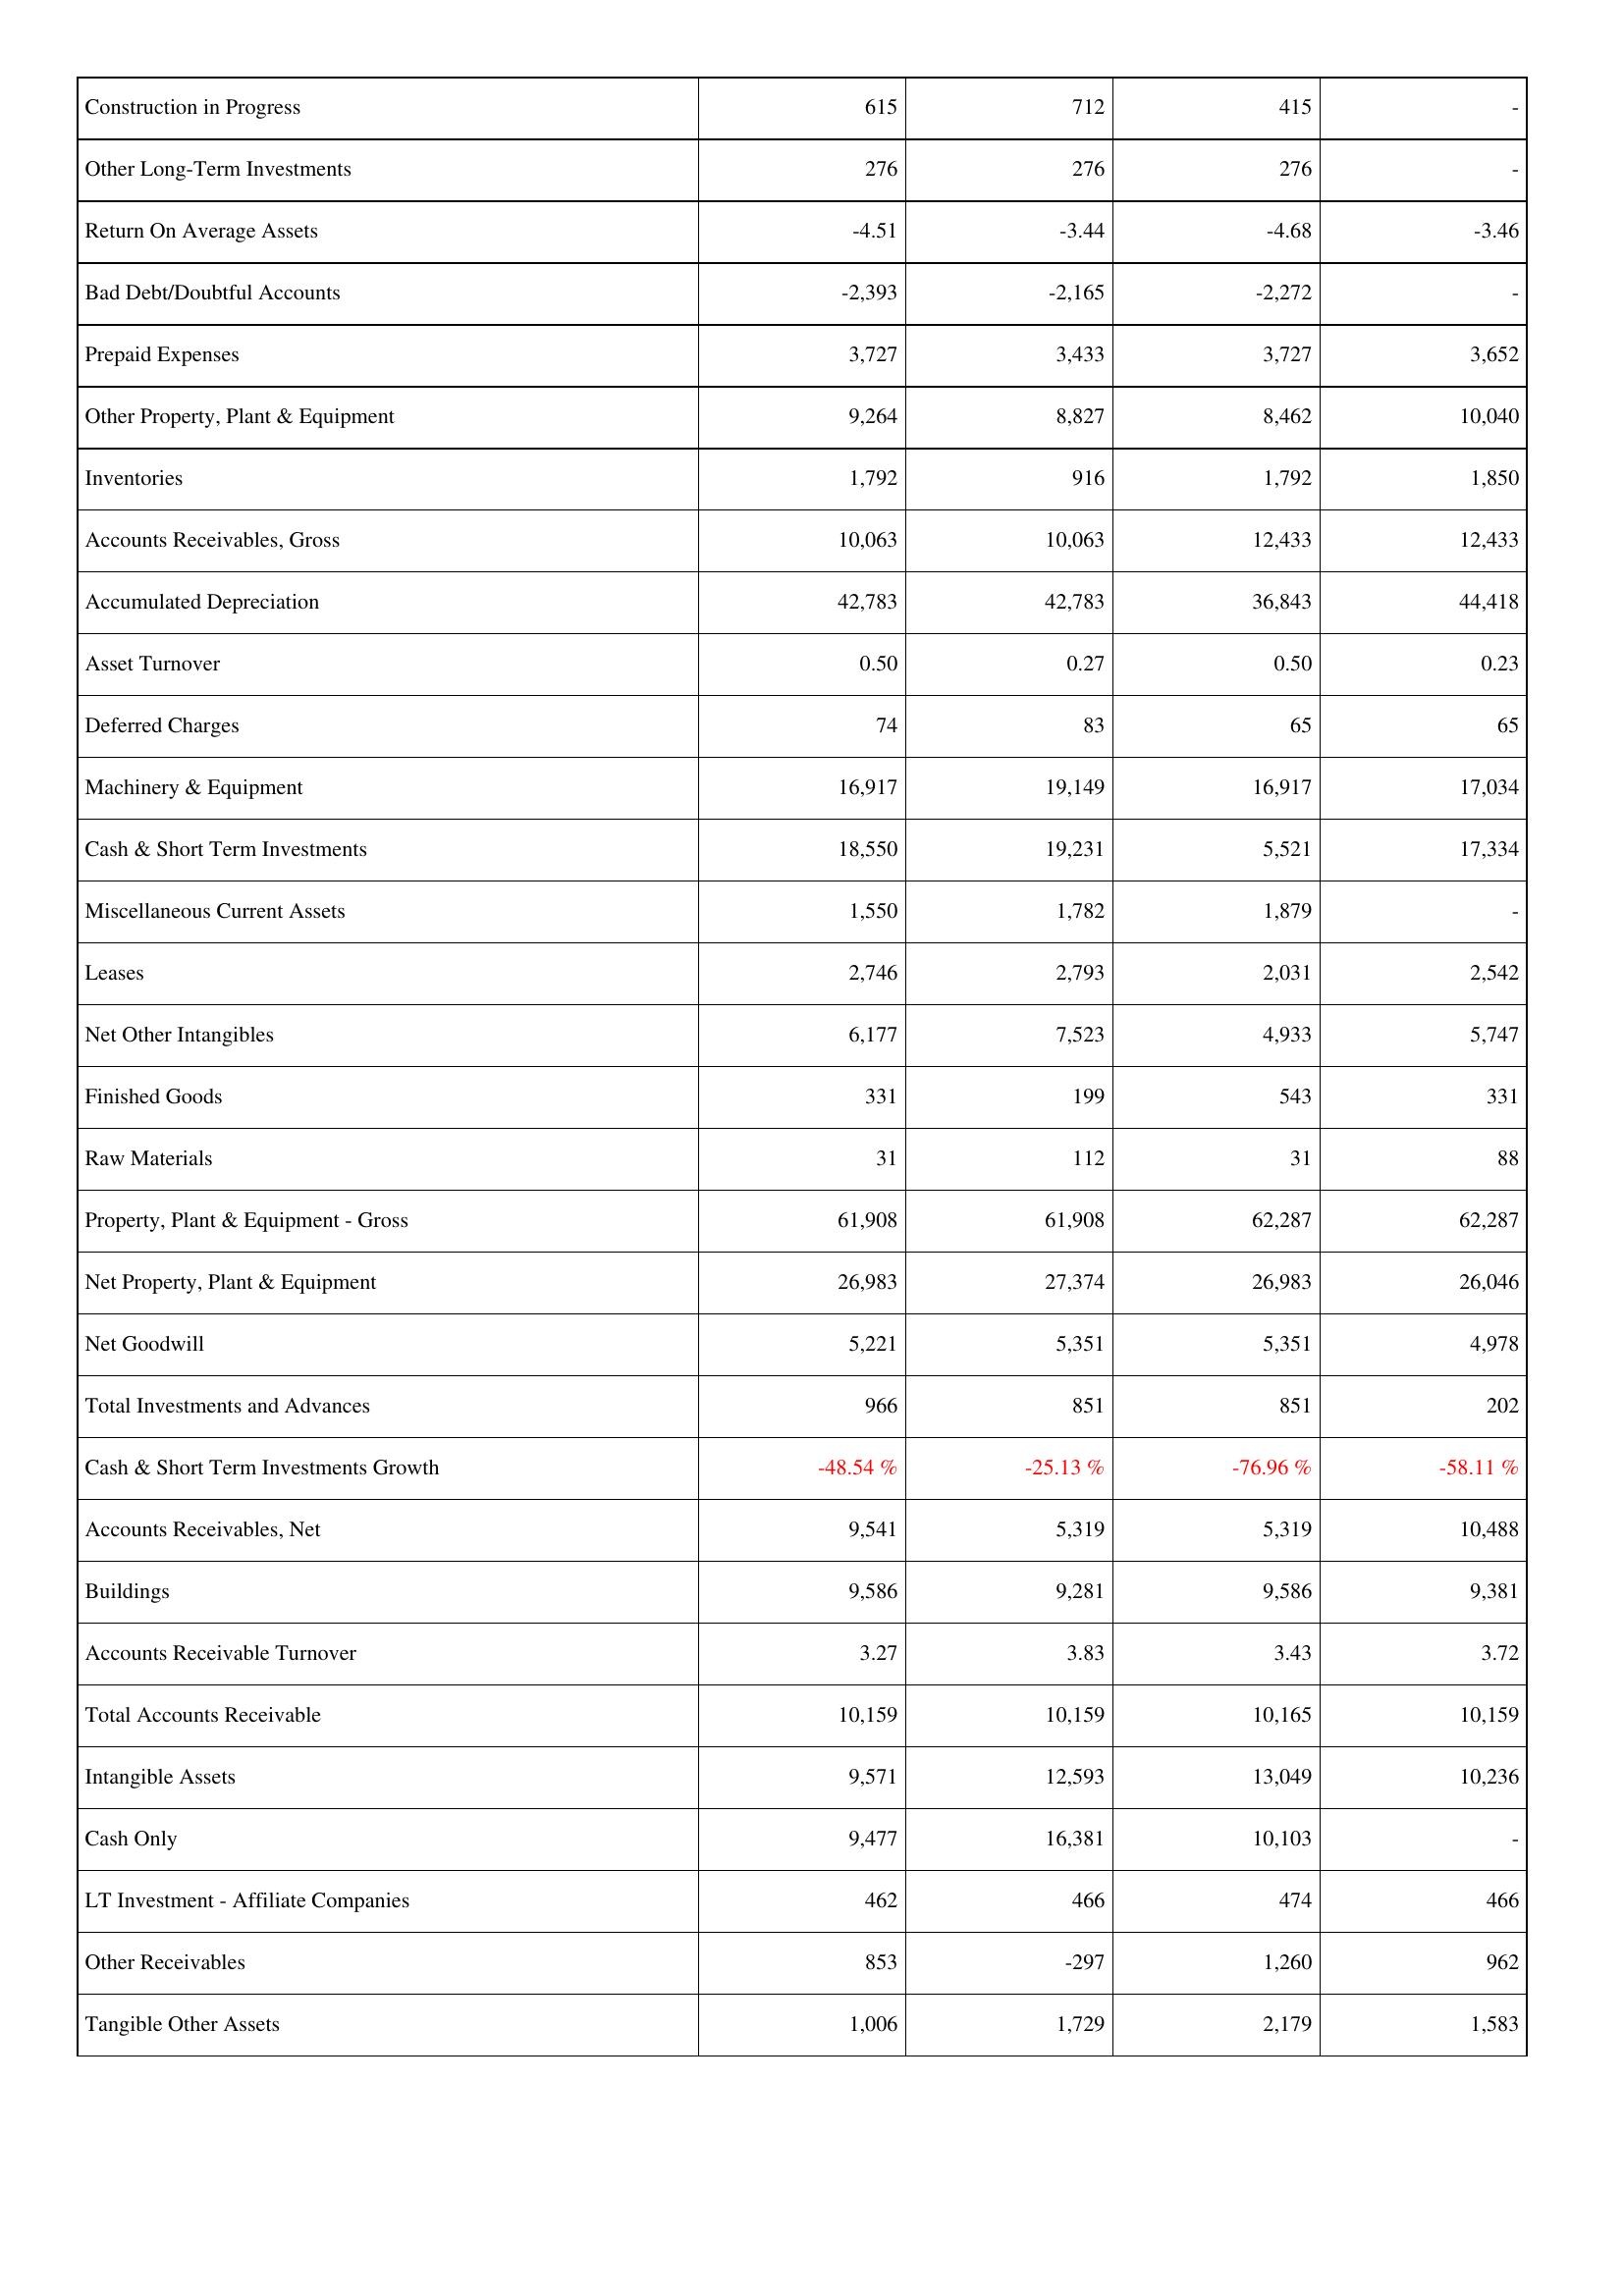
2006: Assets: Construction in Progress: 615
Other Long-Term Investments: 276
Return On Average Assets: -4.51
Bad Debt/Doubtful Accounts: -2,393
Prepaid Expenses: 3,727
Other Property, Plant & Equipment: 9,264
Inventories: 1,792
Accounts Receivables, Gross: 10,063
Accumulated Depreciation: 42,783
Asset Turnover: 0.50
Deferred Charges: 74
Machinery & Equipment: 16,917
Cash & Short Term Investments: 18,550
Miscellaneous Current Assets: 1,550
Leases: 2,746
Net Other Intangibles: 6,177
Finished Goods: 331
Raw Materials: 31
Property, Plant & Equipment - Gross: 61,908
Net Property, Plant & Equipment: 26,983
Net Goodwill: 5,221
Total Investments and Advances: 966
Cash & Short Term Investments Growth: -48.54 %
Accounts Receivables, Net: 9,541
Buildings: 9,586
Accounts Receivable Turnover: 3.27
Total Accounts Receivable: 10,159
Intangible Assets: 9,571
Cash Only: 9,477
LT Investment - Affiliate Companies: 462
Other Receivables: 853
Tangible Other Assets: 1,006
2007: Assets: Construction in Progress: 712
Other Long-Term Investments: 276
Return On Average Assets: -3.44
Bad Debt/Doubtful Accounts: -2,165
Prepaid Expenses: 3,433
Other Property, Plant & Equipment: 8,827
Inventories: 916
Accounts Receivables, Gross: 10,063
Accumulated Depreciation: 42,783
Asset Turnover: 0.27
Deferred Charges: 83
Machinery & Equipment: 19,149
Cash & Short Term Investments: 19,231
Miscellaneous Current Assets: 1,782
Leases: 2,793
Net Other Intangibles: 7,523
Finished Goods: 199
Raw Materials: 112
Property, Plant & Equipment - Gross: 61,908
Net Property, Plant & Equipment: 27,374
Net Goodwill: 5,351
Total Investments and Advances: 851
Cash & Short Term Investments Growth: -25.13 %
Accounts Receivables, Net: 5,319
Buildings: 9,281
Accounts Receivable Turnover: 3.83
Total Accounts Receivable: 10,159
Intangible Assets: 12,593
Cash Only: 16,381
LT Investment - Affiliate Companies: 466
Other Receivables: -297
Tangible Other Assets: 1,729
2008: Assets: Construction in Progress: 415
Other Long-Term Investments: 276
Return On Average Assets: -4.68
Bad Debt/Doubtful Accounts: -2,272
Prepaid Expenses: 3,727
Other Property, Plant & Equipment: 8,462
Inventories: 1,792
Accounts Receivables, Gross: 12,433
Accumulated Depreciation: 36,843
Asset Turnover: 0.50
Deferred Charges: 65
Machinery & Equipment: 16,917
Cash & Short Term Investments: 5,521
Miscellaneous Current Assets: 1,879
Leases: 2,031
Net Other Intangibles: 4,933
Finished Goods: 543
Raw Materials: 31
Property, Plant & Equipment - Gross: 62,287
Net Property, Plant & Equipment: 26,983
Net Goodwill: 5,351
Total Investments and Advances: 851
Cash & Short Term Investments Growth: -76.96 %
Accounts Receivables, Net: 5,319
Buildings: 9,586
Accounts Receivable Turnover: 3.43
Total Accounts Receivable: 10,165
Intangible Assets: 13,049
Cash Only: 10,103
LT Investment - Affiliate Companies: 474
Other Receivables: 1,260
Tangible Other Assets: 2,179
2009: Assets: Construction in Progress: -
Other Long-Term Investments: -
Return On Average Assets: -3.46
Bad Debt/Doubtful Accounts: -
Prepaid Expenses: 3,652
Other Property, Plant & Equipment: 10,040
Inventories: 1,850
Accounts Receivables, Gross: 12,433
Accumulated Depreciation: 44,418
Asset Turnover: 0.23
Deferred Charges: 65
Machinery & Equipment: 17,034
Cash & Short Term Investments: 17,334
Miscellaneous Current Assets: -
Leases: 2,542
Net Other Intangibles: 5,747
Finished Goods: 331
Raw Materials: 88
Property, Plant & Equipment - Gross: 62,287
Net Property, Plant & Equipment: 26,046
Net Goodwill: 4,978
Total Investments and Advances: 202
Cash & Short Term Investments Growth: -58.11 %
Accounts Receivables, Net: 10,488
Buildings: 9,381
Accounts Receivable Turnover: 3.72
Total Accounts Receivable: 10,159
Intangible Assets: 10,236
Cash Only: -
LT Investment - Affiliate Companies: 466
Other Receivables: 962
Tangible Other Assets: 1,583